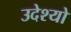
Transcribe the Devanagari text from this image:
उदेश्यो